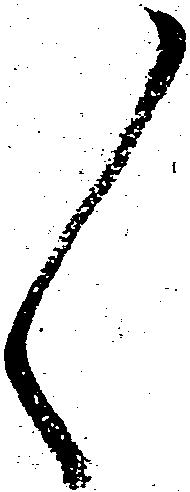
々